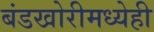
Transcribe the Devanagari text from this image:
बंडखोरीमध्येही